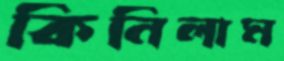
কিনিলাম